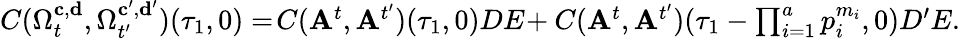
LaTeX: \begin{array}{r}{C(\Omega_{t}^{\mathbf{c},\mathbf{d}},\Omega_{t^{\prime}}^{\mathbf{c^{\prime}},\mathbf{d^{\prime}}})(\tau_{1},0)=\! C(\mathbf{A}^{t},\mathbf{A}^{t^{\prime}})(\tau_{1},0)DE\! +C(\mathbf{A}^{t},\mathbf{A}^{t^{\prime}})(\tau_{1}-\prod_{i=1}^{a}p_{i}^{m_{i}},0)D^{\prime}E.}\end{array}